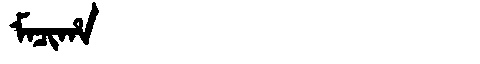
Manchu: ᠮᠠᠴᡳᡥᠠ
Romanization: MACIHA